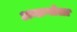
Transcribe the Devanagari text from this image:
अन्तःगोला